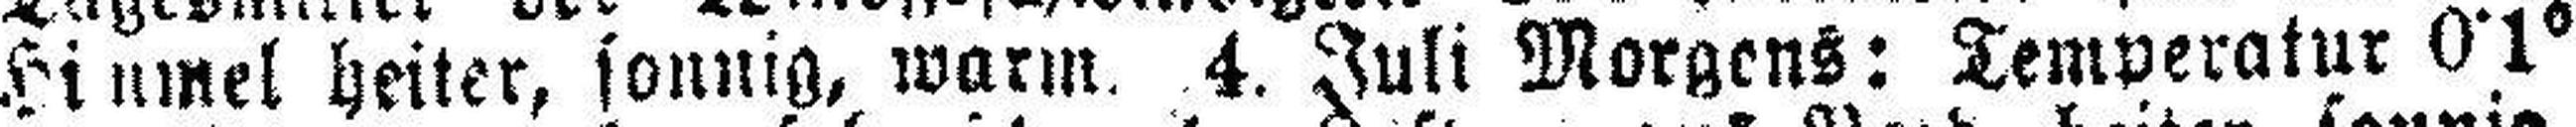
Himmel heiter, sonnig, warm. 4. Juli Morgens: Temperatur 0•1°